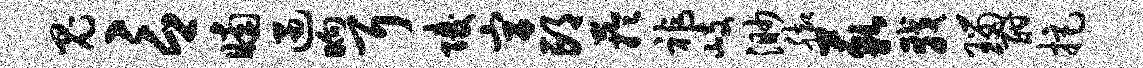
鬼言晡遇晌耳陵宫邙芋祚岐渺脚藐戟瑙酣拒